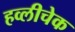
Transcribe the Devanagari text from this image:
हव्लीचेक